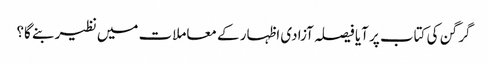
گرگن کی کتاب پر آیا فیصلہ آزادی اظہار کے معاملات میں نظیر بنے گا؟